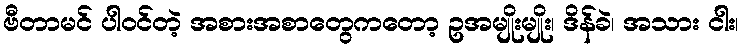
ဗီတာမင် ပါဝင်တဲ့ အစားအစာတွေကတော့ ဥအမျိုးမျိုး၊ ဒိန်ခဲ၊ အသား ငါး၊